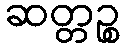
ဆတ္တဉ္စ